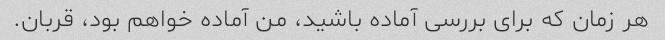
هر زمان که برای بررسی آماده باشید، من آماده خواهم بود، قربان.